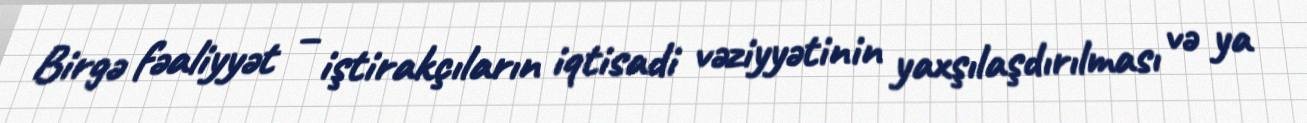
Birgə fəaliyyət – iştirakçıların iqtisadi vəziyyətinin yaxşılaşdırılması və ya